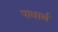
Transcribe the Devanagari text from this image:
पाधार्थ